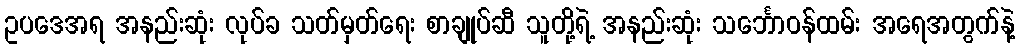
ဥပဒေအရ အနည်းဆုံး လုပ်ခ သတ်မှတ်ရေး စာချုပ်ဆီ သူတို့ရဲ့ အနည်းဆုံး သင်္ဘောဝန်ထမ်း အရေအတွက်နဲ့